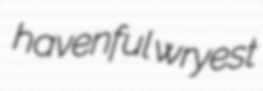
havenful wryest